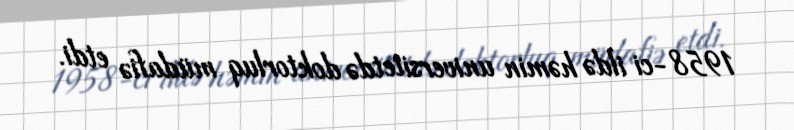
1958-ci ildə həmin universitetdə doktorluq müdafiə etdi.